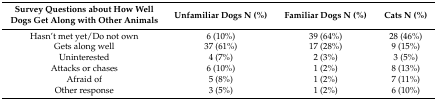
<table><thead><tr><td><b>Survey Questions about How Well Dogs Get Along with Other Animals</b></td><td><b>Unfamiliar Dogs N (%)</b></td><td><b>Familiar Dogs N (%)</b></td><td><b>Cats N (%)</b></td></tr></thead><tbody><tr><td>Hasn’t met yet/Do not own</td><td>6 (10%)</td><td>39 (64%)</td><td>28 (46%)</td></tr><tr><td>Gets along well</td><td>37 (61%)</td><td>17 (28%)</td><td>9 (15%)</td></tr><tr><td>Uninterested</td><td>4 (7%)</td><td>2 (3%)</td><td>3 (5%)</td></tr><tr><td>Attacks or chases</td><td>6 (10%)</td><td>1 (2%)</td><td>8 (13%)</td></tr><tr><td>Afraid of</td><td>5 (8%)</td><td>1 (2%)</td><td>7 (11%)</td></tr><tr><td>Other response</td><td>3 (5%)</td><td>1 (2%)</td><td>6 (10%)</td></tr></tbody></table>